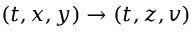
( t , x , y ) \to ( t , z , v )